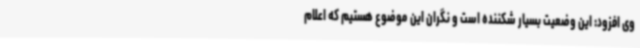
وی افزود: این وضعیت بسیار شکننده است و نگران این موضوع هستیم که اعلام